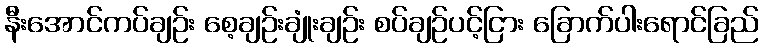
နီးအောင်ကပ်ချဉ်း စေ့ချဉ်းချုံးချဉ်း စပ်ချဉ်ပင့်ငြား ခြောက်ပါးရောင်ခြည်